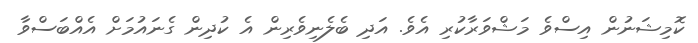
ކޮމިޝަނުން އިސްވެ މަޝްވަރާކުރި އެވެ. އަދި ބެލެނިވެރިން އެ ކުދިން ގެނައުމަށް އެއްބަސްވާ